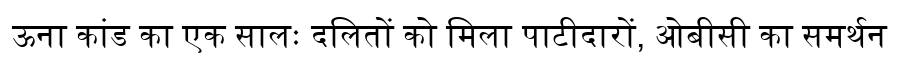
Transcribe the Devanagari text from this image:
ऊना कांड का एक सालः दलितों को मिला पाटीदारों, ओबीसी का समर्थन